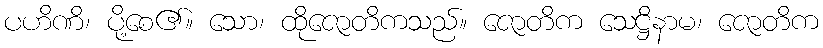
ပဟိဏိ၊ ပို့စေ၏။ သော၊ ထိုဇောတိကသည်။ ဇောတိက သေဋ္ဌိနာမ၊ ဇောတိက